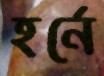
হর্নে